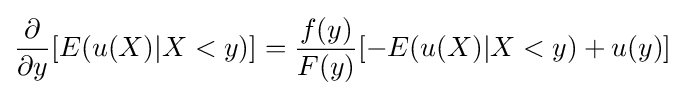
{\frac {\partial }{\partial y}}[E(u(X)|X<y)]={\frac {f(y)}{F(y)}}[-E(u(X)|X<y)+u(y)]